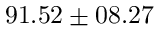
9 1 . 5 2 \pm 0 8 . 2 7